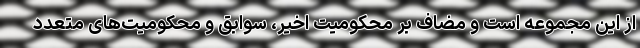
از این مجموعه است و مضاف بر محکومیت اخیر، سوابق و محکومیت‌های متعدد